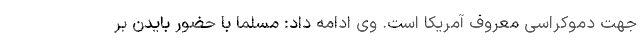
جهت دموکراسی معروف آمریکا است. وی ادامه داد: مسلما با حضور بایدن بر